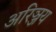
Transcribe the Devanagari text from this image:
अरिञ्जय